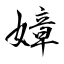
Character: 嫜